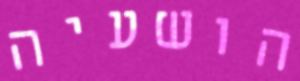
הושעיה